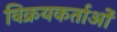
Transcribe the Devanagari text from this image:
विक्रयकर्ताओं